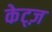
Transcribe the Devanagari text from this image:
केट्ज़